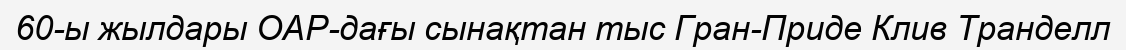
60-ы жылдары ОАР-дағы сынақтан тыс Гран-Приде Клив Транделл